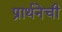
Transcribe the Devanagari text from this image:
प्रार्थनेची